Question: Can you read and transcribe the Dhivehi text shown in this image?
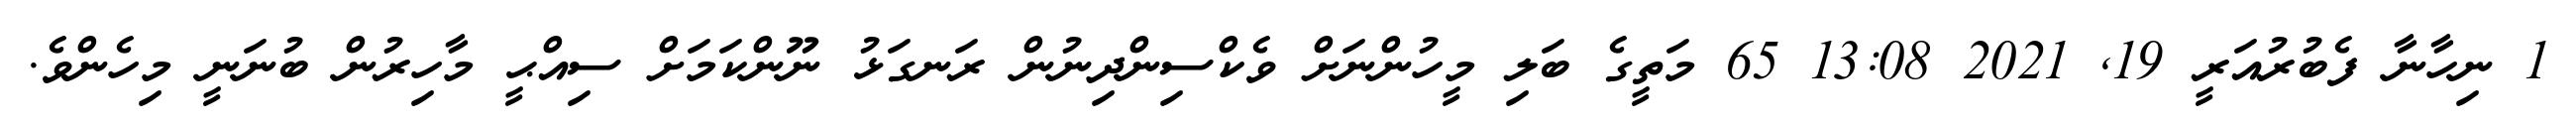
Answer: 1 ނިހާނާ ފެބުރުއަރީ 19, 2021 13:08 65 މަތީގެ ބަލި މީހުންނަށް ވެކްސިންދިނުން ރަނގަޅު ނޫންކަމަށް ސިއްޙީ މާހިރުން ބުނަނީ މިހެންވެ.